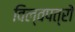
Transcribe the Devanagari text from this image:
विल्वपत्रों